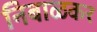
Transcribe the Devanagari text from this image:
निबाळकर